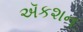
ઍકશન